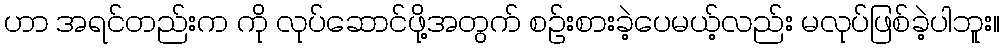
ဟာ အရင်တည်းက ကို လုပ်ဆောင်ဖို့အတွက် စဉ်းစားခဲ့ပေမယ့်လည်း မလုပ်ဖြစ်ခဲ့ပါဘူး။